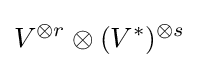
V^{\otimes r}\otimes (V^{*})^{\otimes s}